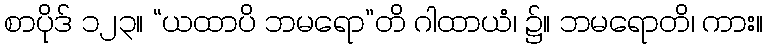
စာပိုဒ် ၁၂၃။ “ယထာပိ ဘမရော”တိ ဂါထာယံ၊ ၌။ ဘမရောတိ၊ ကား။